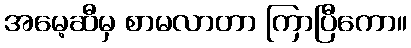
အမေ့ဆီမှ စာမလာတာ ကြာပြီကော။